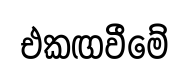
එකඟවීමේ